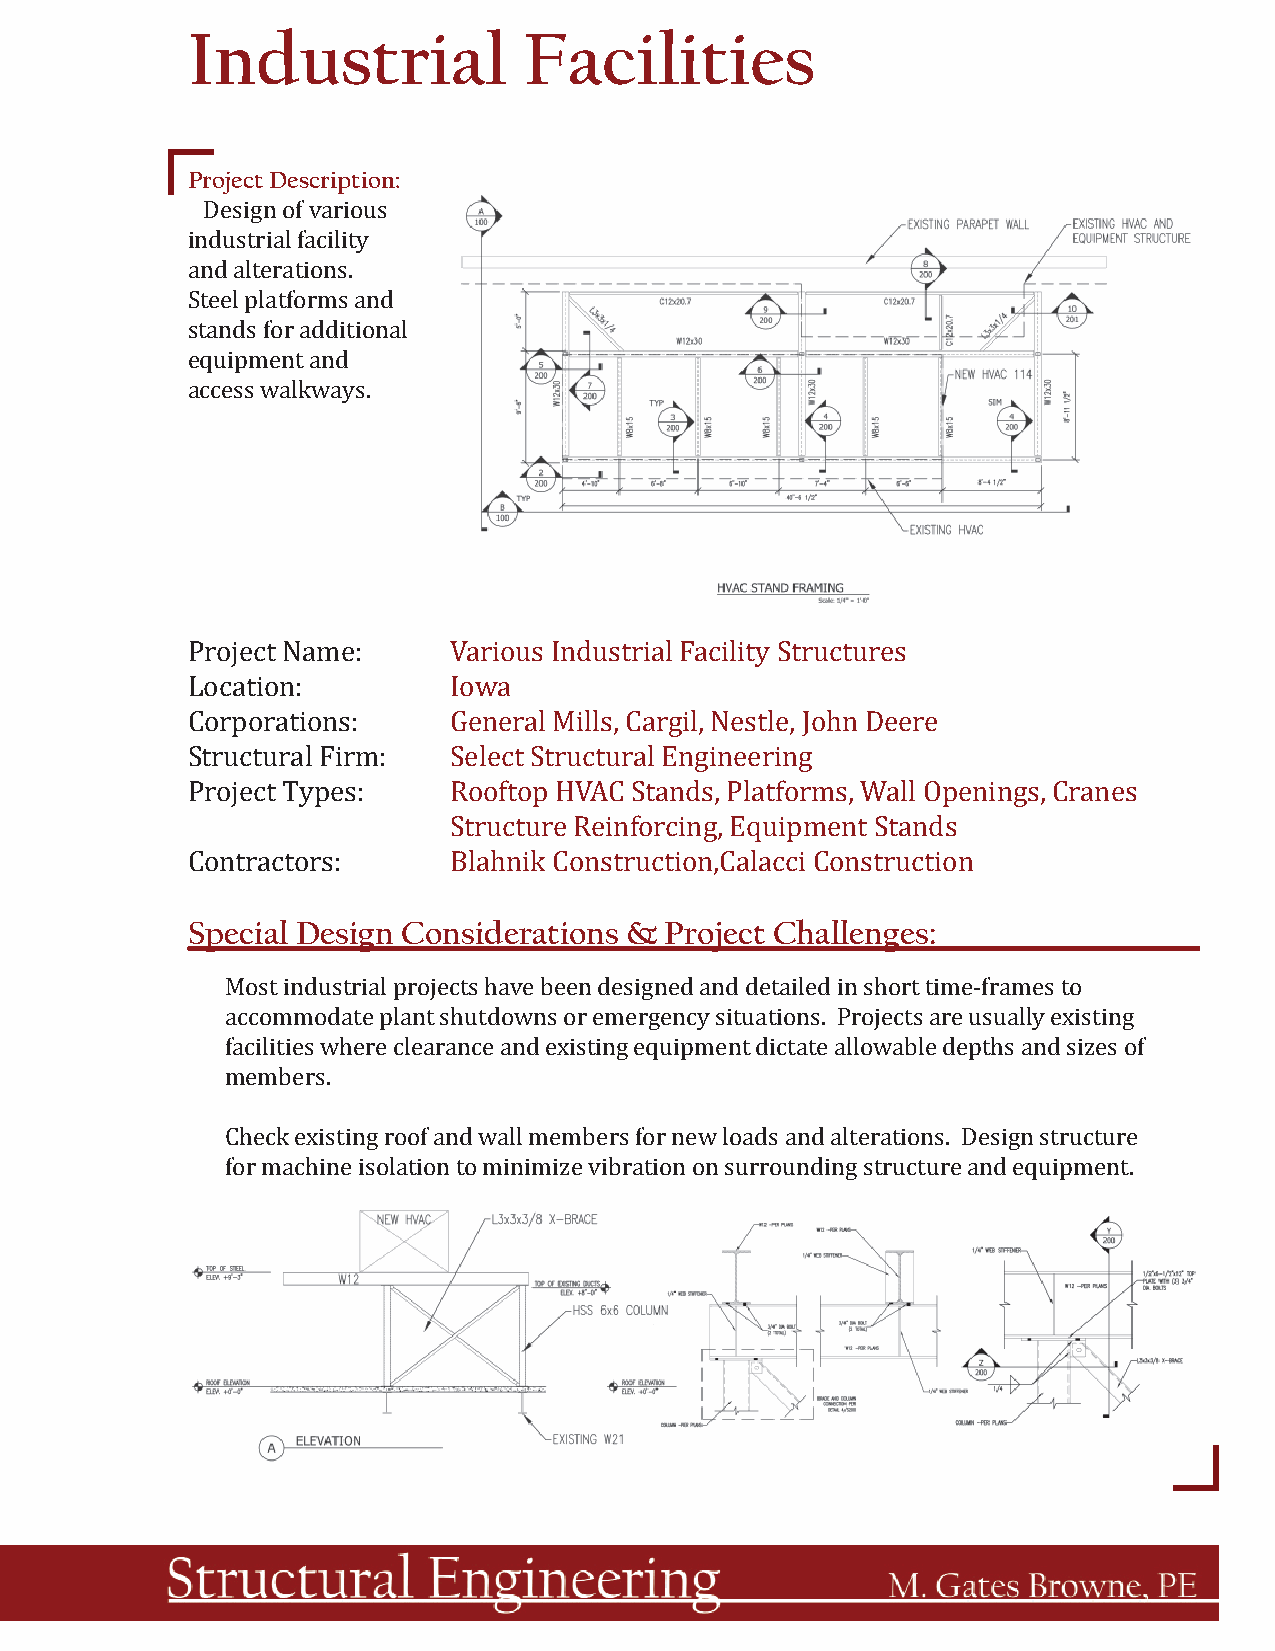
Industrial             Facilities
 Project Description:
 Design of various
 industrial facility
 and alterations.
 Steel platforms and
 stands for additional
 equipment and
 access walkways.
 Project Name:     Various Industrial Facility Structures
 Location:         Iowa
 Corporations:     General Mills, Cargil, Nestle, John Deere
 Structural Firm:  Select Structural Engineering
 Project Types:    Rooftop HVAC Stands, Platforms, Wall Openings, Cranes
 Structure Reinforcing, Equipment Stands
 Contractors:      Blahnik Construction,Calacci Construction
 Special Design Considerations & Project Challenges:
 Most industrial projects have been designed and detailed in short time-frames to
 accommodate plant shutdowns or emergency situations. Projects are usually existing
 facilities where clearance and existing equipment dictate allowable depths and sizes of
 members.
 Check existing roof and wall members for new loads and alterations. Design structure
 for machine isolation to minimize vibration on surrounding structure and equipment.